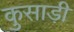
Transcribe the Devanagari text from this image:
कुसाड़ी